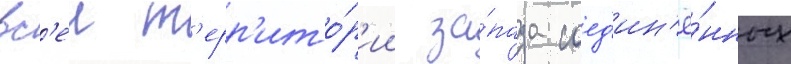
вс'еи т'ерр'ито́р'ии за́пада соед'ин'ё́нных